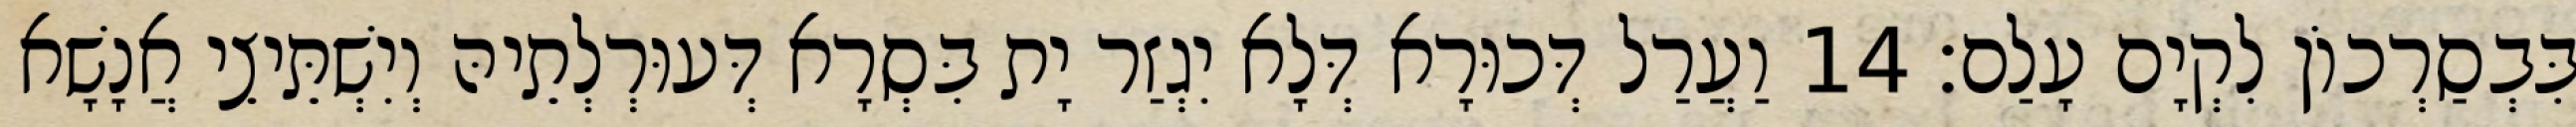
בִּבְסַרְכוֹן לִקְיָם עָלַם׃ 14 וַעֲרַל דְּכוּרָא דְּלָא יִגְזַר יָת בִּסְרָא דְּעוּרְלְתֵיהּ וְיִשְׁתֵּיצֵי אֲנָשָׁא